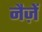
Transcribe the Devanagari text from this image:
नैज़ें